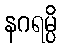
နဂရမ္ပိ